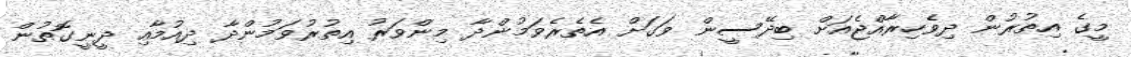
މީގެ އިތުރުން ދިވެހިރާއްޖެއަށް ބިދޭސީން ވަގަށް އެތެރެވަމުންދާ މިންވަރު އިތުރުވަމުންދާ ދިއުމާއި ދީނީގޮތުން